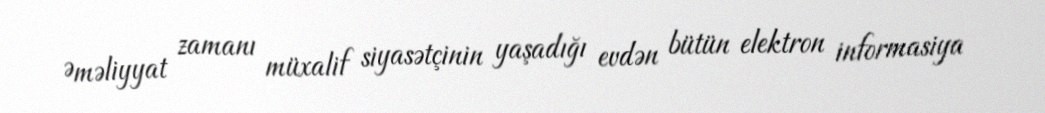
Əməliyyat zamanı müxalif siyasətçinin yaşadığı evdən bütün elektron informasiya